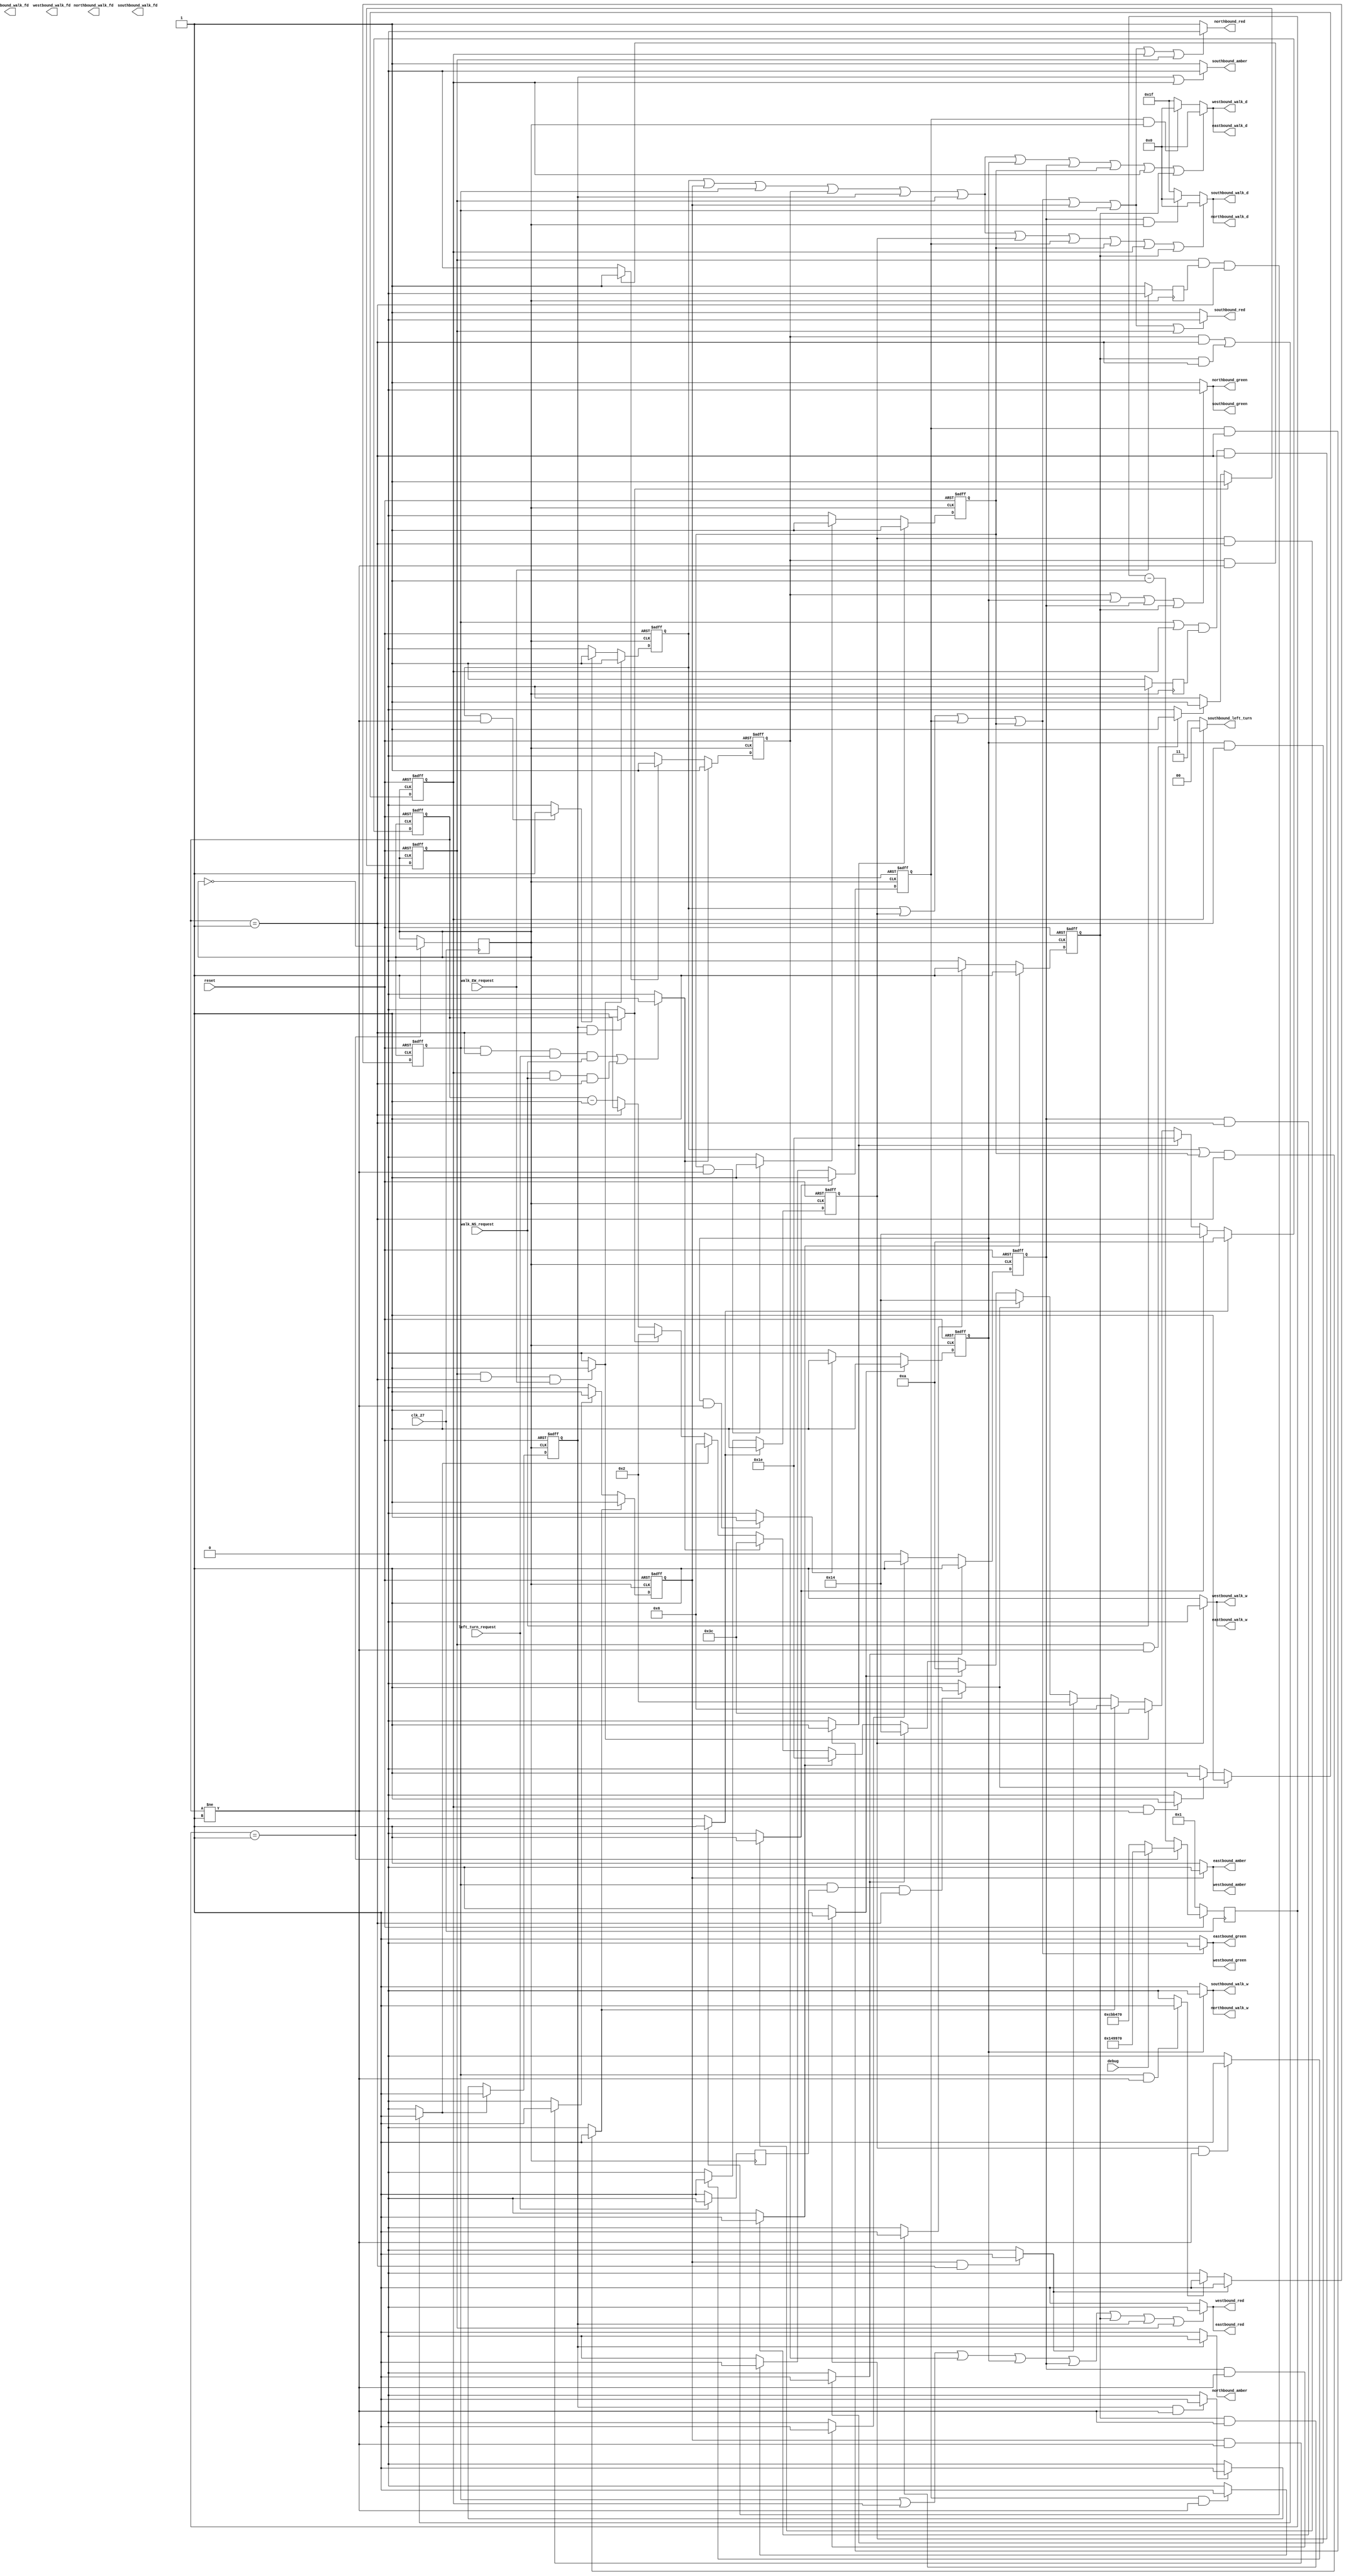
module traffic_light_controller (
 input wire clk_27, debug, reset,left_turn_request, walk_NS_request,walk_EW_request,
 output reg northbound_green,southbound_green,eastbound_green,westbound_green,northbound_amber,southbound_amber,eastbound_amber,westbound_amber,northbound_red,southbound_red,eastbound_red,westbound_red,
 output reg [1:0] southbound_left_turn,
 output reg northbound_walk_w ,southbound_walk_w,eastbound_walk_w ,westbound_walk_w,northbound_walk_fd,southbound_walk_fd,eastbound_walk_fd ,westbound_walk_fd,
 output reg [4:0] northbound_walk_d,southbound_walk_d,eastbound_walk_d ,westbound_walk_d 

 
 );
 
 
 
reg [23:0] clock_divider_counter, clock_divider_constant;
reg [5:0] timer;
reg clk, state_1_d, state_2_d, state_3_d ,state_4a_d,  state_4_d, state_5_d, state_6_d, state_1, state_2, state_3 ,state_4a ,state_4 , state_5, state_6,entering_state_1, entering_state_2, entering_state_3, entering_state_4a, entering_state_4, entering_state_5, entering_state_6,staying_in_state_1, staying_in_state_2, staying_in_state_3, staying_in_state_4a, staying_in_state_4, staying_in_state_5, staying_in_state_6;
reg left_turn_request_d, walk_NS_request_d,walk_EW_request_d;

reg state_4w, state_4w_d, state_4fd, state_4fd_d, state_4d, state_4d_d, state_1w, state_1w_d, state_1fd, state_1fd_d, state_1d, state_1d_d;
reg entering_state_4w,staying_in_state_4w,entering_state_4fd,staying_in_state_4fd,entering_state_4d,staying_in_state_4d,entering_state_1w,staying_in_state_1w,entering_state_1fd,staying_in_state_1fd,entering_state_1d,staying_in_state_1d;

// debug switch to make the clock run faster to debud
always @ *
if (debug == 1'd1)
clock_divider_constant<= 24'd1_350_000;
else 
clock_divider_constant<= 24'd13_350_000;

// rest key 0 to make the circuit run from begining again 
always @ (posedge clk_27)
if (reset == 1'b0)
clock_divider_counter<= 24'd1;
else if (clock_divider_counter == 24'd1)
clock_divider_counter<= clock_divider_constant;
else 
clock_divider_counter<= clock_divider_counter -24'd1;

always@ (posedge clk_27)
if (clock_divider_counter == 24'd1)
clk <= ~clk;
else 
clk <= clk;

// make signal of key 1 to go throgh d flip flop so it can work on clock 
always @(posedge clk)
if (left_turn_request == 1'b0)
left_turn_request_d = 1'b1 ;
else 
left_turn_request_d = 1'b0 ;

// make signal of key 2 to go throgh d flip flop so it can work on clock 
always @(posedge clk)
if (walk_EW_request == 1'b0)
walk_EW_request_d = 1'b1 ;
else 
walk_EW_request_d = 1'b0 ;


// make signal of key 3 to go throgh d flip flop so it can work on clock 
always @(posedge clk)
if (walk_NS_request == 1'b0)
walk_NS_request_d = 1'b1 ;
else 
walk_NS_request_d = 1'b0 ;



 // make the state 1w flip flop
always @ (posedge clk or negedge reset)
if (reset == 1'b0) // keys are active low
state_1w<= 1'b0;
else
state_1w <= state_1w_d;


//logic for entering state 1w
always @ *
if( (state_6 == 1'b1) && (walk_EW_request_d == 1'd1) && (timer == 6'd1 ))
entering_state_1w <= 1'b1;
else
entering_state_1w <= 1'b0;


//logic for staying in state 1w
always @ *
if( (state_1w == 1'b1) && (timer != 6'd1) )
staying_in_state_1w <= 1'b1;
else
staying_in_state_1w <= 1'b0;


// make the d-input for state_1w flip/flop
always @ *
if( entering_state_1w == 1'b1 )           // enter state 1w on next posedge clk
state_1w_d <= 1'b1;
else if ( staying_in_state_1w== 1'b1)  // stay in state 1w on next posedge clk
state_1w_d <= 1'b1;
else                                    // not in state 1w on next posedge clk
state_1w_d <= 1'b0;
 
 
  //////////////////////////////////////////////////////////////////////////////////////////////////////////////////
 
   // make the state 1fd flip flop
always @ (posedge clk or negedge reset)
if (reset == 1'b0) // keys are active low
state_1fd<= 1'b0;
else
state_1fd <= state_1fd_d;


//logic for entering state 1fd
always @ *
if ((state_1w == 1'b1) && (timer == 6'd1) )
entering_state_1fd <= 1'b1;
else
entering_state_1fd <= 1'b0;


//logic for staying in state 1fd
always @ *
if( (state_1fd == 1'b1) && (timer != 6'd1) )
staying_in_state_1fd <= 1'b1;
else
staying_in_state_1fd <= 1'b0;


// make the d-input for state_1fd flip/flop
always @ *
if( entering_state_1fd == 1'b1 )           // enter state 4fd on next posedge clk
state_1fd_d <= 1'b1;
else if ( staying_in_state_1fd == 1'b1)  // stay in state 4fd on next posedge clk
state_1fd_d <= 1'b1;
else                                    // not in state 4fd on next posedge clk
state_1fd_d <= 1'b0;
 
 
   //////////////////////////////////////////////////////////////////////////////////////////////////////////////////
 
   // make the state 1d flip flop
always @ (posedge clk or negedge reset)
if (reset == 1'b0) // keys are active low
state_1d<= 1'b0;
else
state_1d <= state_1d_d;


//logic for entering state 1d
always @ *
if ((state_1fd == 1'b1) && (timer == 6'd1) )
entering_state_1d <= 1'b1;
else
entering_state_1d <= 1'b0;


//logic for staying in state d
always @ *
if( (state_1d == 1'b1) && (timer != 6'd1) )
staying_in_state_1d <= 1'b1;
else
staying_in_state_1d <= 1'b0;


// make the d-input for state_1d flip/flop
always @ *
if( entering_state_1d == 1'b1 )           // enter state 1d on next posedge clk
state_1d_d <= 1'b1;
else if ( staying_in_state_1d == 1'b1)  // stay in state 1d on next posedge clk
state_1d_d <= 1'b1;
else                                    // not in state 1d on next posedge clk
state_1d_d <= 1'b0;



 //////////////////////////////////////////////////////////////////////////////////////////////////
 
 // make the state 1 flip flop
always @ (posedge clk or negedge reset)
if (reset == 1'b0) // keys are active low
state_1 <= 1'b1;
else
state_1 <= state_1_d;


//logic for entering state 1
always @ *
if( (state_6== 1'b1) && (timer == 6'd1) && ( walk_EW_request == 1'b1 ))
entering_state_1 <= 1'b1;
else
entering_state_1 <= 1'b0;


//logic for staying in state 1
always @ *
if( (state_1 == 1'b1) && (timer != 6'b1) )
staying_in_state_1<= 1'b1;
else
staying_in_state_1 <= 1'b0;


// make the d-input for state_1 flip/flop
always @ *
if( entering_state_1== 1'b1 )           // enter state 1 on next posedge clk
state_1_d <= 1'b1;
else if ( staying_in_state_1== 1'b1)  // stay in state 1 on next posedge clk
state_1_d <= 1'b1;
else                                    // not in state 1 on next posedge clk
state_1_d <= 1'b0;
 
 
 
 ////////////////////////////////////////////////////////////////////////////////////////////////////
 
  // make the state 2 flip flop
always @ (posedge clk or negedge reset)
if (reset == 1'b0) // keys are active low
state_2<= 1'b0;
else
state_2 <= state_2_d;


//logic for entering state 2
always @ *
if(( (state_1 == 1'b1) || (state_1d == 1'b1)) && (timer == 6'd1) )
entering_state_2 <= 1'b1;
else
entering_state_2 <= 1'b0;


//logic for staying in state 2
always @ *
if( (state_2 == 1'b1) && (timer != 6'd1) )
staying_in_state_2<= 1'b1;
else
staying_in_state_2 <= 1'b0;


// make the d-input for state_2flip/flop
always @ *
if( entering_state_2== 1'b1 )           // enter state 2on next posedge clk
state_2_d <= 1'b1;
else if ( staying_in_state_2== 1'b1)  // stay in state 2 on next posedge clk
state_2_d <= 1'b1;
else                                    // not in state 2 on next posedge clk
state_2_d <= 1'b0;
 
 
 ////////////////////////////////////////////////////////////////////////////////////////////////////////////
 
 
   // make the state 3 flip flop
always @ (posedge clk or negedge reset)
if (reset == 1'b0) // keys are active low
state_3<= 1'b0;
else
state_3 <= state_3_d;


//logic for entering state 3
always @ *
if( (state_2 == 1'b1) && (timer == 6'd1) )
entering_state_3<= 1'b1;
else
entering_state_3 <= 1'b0;


//logic for staying in state 3
always @ *
if( (state_3 == 1'b1) && (timer != 6'd1) )
staying_in_state_3<= 1'b1;
else
staying_in_state_3 <= 1'b0;


// make the d-input for state_3flip/flop
always @ *
if( entering_state_3== 1'b1 )           // enter state 3 on next posedge clk
state_3_d <= 1'b1;
else if ( staying_in_state_3== 1'b1)  // stay in state 3 on next posedge clk
state_3_d <= 1'b1;
else                                    // not in state 3on next posedge clk
state_3_d <= 1'b0;
 
 ////////////////////////////////////////////////////////////////////////////////////////////////
  
 
   // make the state 4a flip flop
always @ (posedge clk or negedge reset)
if (reset == 1'b0) // keys are active low
state_4a<= 1'b0;
else
state_4a <= state_4a_d;


//logic for entering state 4a
always @ *
if( (state_3 == 1'b1) && (left_turn_request_d == 6'd1) && (timer == 6'd1 ))
entering_state_4a <= 1'b1;
else
entering_state_4a <= 1'b0;


//logic for staying in state 4a
always @ *
if( (state_4a == 1'b1) && (timer != 6'd1) )
staying_in_state_4a <= 1'b1;
else
staying_in_state_4a <= 1'b0;


// make the d-input for state_4a flip/flop
always @ *
if( entering_state_4a == 1'b1 )           // enter state 4n next posedge clk
state_4a_d <= 1'b1;
else if ( staying_in_state_4a== 1'b1)  // stay in state 4on next posedge clk
state_4a_d <= 1'b1;
else                                    // not in state 4 on next posedge clk
state_4a_d <= 1'b0;

 ////////////////////////////////////////////////////////////////////////////////////////////////
  
 
   // make the state 4w flip flop
always @ (posedge clk or negedge reset)
if (reset == 1'b0) // keys are active low
state_4w<= 1'b0;
else
state_4w <= state_4w_d;


//logic for entering state 4w
always @ *
if( ((state_3 == 1'b1) ||(state_4a == 1'b1)) && (walk_NS_request_d == 6'd1) && (timer == 6'd1 ))
entering_state_4w <= 1'b1;
else
entering_state_4w <= 1'b0;


//logic for staying in state 4w
always @ *
if( (state_4w == 1'b1) && (timer != 6'd1) )
staying_in_state_4w <= 1'b1;
else
staying_in_state_4w <= 1'b0;


// make the d-input for state_4w flip/flop
always @ *
if( entering_state_4w == 1'b1 )           // enter state 4n next posedge clk
state_4w_d <= 1'b1;
else if ( staying_in_state_4w== 1'b1)  // stay in state 4on next posedge clk
state_4w_d <= 1'b1;
else                                    // not in state 4 on next posedge clk
state_4w_d <= 1'b0;
 
 
  //////////////////////////////////////////////////////////////////////////////////////////////////////////////////
 
   // make the state 4fd flip flop
always @ (posedge clk or negedge reset)
if (reset == 1'b0) // keys are active low
state_4fd<= 1'b0;
else
state_4fd <= state_4fd_d;


//logic for entering state 4fd
always @ *
if ((state_4w == 1'b1) && (timer == 6'd1) )
entering_state_4fd <= 1'b1;
else
entering_state_4fd <= 1'b0;


//logic for staying in state 4fd
always @ *
if( (state_4fd == 1'b1) && (timer != 6'd1) )
staying_in_state_4fd <= 1'b1;
else
staying_in_state_4fd <= 1'b0;


// make the d-input for state_4fd flip/flop
always @ *
if( entering_state_4fd == 1'b1 )           // enter state 4fd on next posedge clk
state_4fd_d <= 1'b1;
else if ( staying_in_state_4fd == 1'b1)  // stay in state 4fd on next posedge clk
state_4fd_d <= 1'b1;
else                                    // not in state 4fd on next posedge clk
state_4fd_d <= 1'b0;
 
 
   //////////////////////////////////////////////////////////////////////////////////////////////////////////////////
 
   // make the state 4d flip flop
always @ (posedge clk or negedge reset)
if (reset == 1'b0) // keys are active low
state_4d<= 1'b0;
else
state_4d <= state_4d_d;


//logic for entering state 4d
always @ *
if ((state_4fd == 1'b1) && (timer == 6'd1) )
entering_state_4d <= 1'b1;
else
entering_state_4d <= 1'b0;


//logic for staying in state 4d
always @ *
if( (state_4d == 1'b1) && (timer != 6'd1) )
staying_in_state_4d <= 1'b1;
else
staying_in_state_4d <= 1'b0;


// make the d-input for state_4d flip/flop
always @ *
if( entering_state_4d == 1'b1 )           // enter state 4d on next posedge clk
state_4d_d <= 1'b1;
else if ( staying_in_state_4d == 1'b1)  // stay in state 4d on next posedge clk
state_4d_d <= 1'b1;
else                                    // not in state 4d on next posedge clk
state_4d_d <= 1'b0;
 
 //////////////////////////////////////////////////////////////////////////////////////////////////////////////////
 
   // make the state 4 flip flop
always @ (posedge clk or negedge reset)
if (reset == 1'b0) // keys are active low
state_4<= 1'b0;
else
state_4 <= state_4_d;


//logic for entering state 4
always @ *
if (((state_3 == 1'b1) && (timer == 6'd1) && (left_turn_request == 6'd1) && (walk_NS_request == 1'b1))|| (((state_4a) == 1'b1)&& (walk_NS_request == 1'b1) && (timer == 6'd1)) )
entering_state_4 <= 1'b1;
else
entering_state_4 <= 1'b0;


//logic for staying in state 4
always @ *
if( (state_4 == 1'b1) && (timer != 6'd1) )
staying_in_state_4<= 1'b1;
else
staying_in_state_4 <= 1'b0;


// make the d-input for state_4flip/flop
always @ *
if( entering_state_4== 1'b1 )           // enter state 4n next posedge clk
state_4_d <= 1'b1;
else if ( staying_in_state_4== 1'b1)  // stay in state 4on next posedge clk
state_4_d <= 1'b1;
else                                    // not in state 4 on next posedge clk
state_4_d <= 1'b0;
 
 //////////////////////////////////////////////////////////////////////////////////////////////////////////////////
 
   // make the state 5 flip flop
always @ (posedge clk or negedge reset)
if (reset == 1'b0) // keys are active low
state_5= 1'b0;
else
state_5 <= state_5_d;


//logic for entering state 5
always @ *
if(( (state_4 == 1'b1) && (timer == 6'd1) ) || (state_4d == 1'b1) && (timer == 6'd1))
entering_state_5 <= 1'b1;
else
entering_state_5 <= 1'b0;


//logic for staying in state 5
always @ *
if( (state_5 == 1'b1) && (timer != 6'd1) )
staying_in_state_5<= 1'b1;
else
staying_in_state_5<= 1'b0;


// make the d-input for state_5lip/flop
always @ *
if( entering_state_5== 1'b1 )           // enter state 5 on next posedge clk
state_5_d <= 1'b1;
else if ( staying_in_state_5== 1'b1)  // stay in state 5 on next posedge clk
state_5_d <= 1'b1;
else                                    // not in state 5 on next posedge clk
state_5_d <= 1'b0;
 
 //////////////////////////////////////////////////////////////////////////////////////////
 
 
   // make the state 6 flip flop
always @ (posedge clk or negedge reset)
if (reset == 1'b0) // keys are active low
state_6<= 1'b0;
else
state_6 <= state_6_d;


//logic for entering state 6
always @ *
if( (state_5 == 1'b1) && (timer == 6'd1) )
entering_state_6 <= 1'b1;
else
entering_state_6 <= 1'b0;


//logic for staying in state 6
always @ *
if( (state_6 == 1'b1) && (timer != 6'd1) )
staying_in_state_6<= 1'b1;
else
staying_in_state_6 <= 1'b0;


// make the d-input for state_6flip/flop
always @ *
if( entering_state_6== 1'b1 )           // enter state 6 on next posedge clk
state_6_d <= 1'b1;
else if ( staying_in_state_6== 1'b1)  // stay in state 6 on next posedge clk
state_6_d <= 1'b1;
else                                    // not in state 6 on next posedge clk
state_6_d <= 1'b0;
 
 ////////////////////////////////////////////////////////////////////////////////////////////////////
 
 
 
 
 
 
 
////////////////////////////////////////////////////////////////////////////////////////////////
////////////////////////////////////////////////////////////////////////////////////////////////
////////////////////////////////////////////////////////////////////////////////////////////////  
 
  
 
 
 
////////////////////////////////////////////////////////////////////////////////////////////////
////////////////////////////////////////////////////////////////////////////////////////////////
////////////////////////////////////////////////////////////////////////////////////////////////

 
 
 
 
 
 
 
 
 
 
 always @ (posedge clk or negedge reset)
if (reset == 1'b0)
timer <= 6'd60; // time for state 1
else if (entering_state_1w == 1'b1)
timer <= 6'd10; // time for state 1w
else if (entering_state_1fd == 1'b1)
timer <= 6'd20; // time for state 1fd
else if (entering_state_1d == 1'b1)
timer <= 6'd30; // time for state 1d
else if (entering_state_1 == 1'b1)
timer <= 6'd60; // time for state 1
else if (entering_state_2 == 1'b1)
timer <= 6'd6;// time for state 2
else if (entering_state_3 == 1'b1)
timer <= 6'd2;// time for state 3
else if (entering_state_4a == 1'b1)
timer <= 6'd20;// time for state 4a
else if (entering_state_4w == 1'b1)
timer <= 6'd10; // time for state 4w
else if (entering_state_4fd == 1'b1)
timer <= 6'd20; // time for state 4fd
else if (entering_state_4d == 1'b1)
timer <= 6'd30; // time for state 4d
else if (entering_state_4 == 1'b1)
timer <= 6'd60;// time for state 4
else if (entering_state_5== 1'b1)
timer <= 6'd6;// time for state 5
else if (entering_state_6 == 1'b1)
timer <= 6'd2;// time for state 6
else if (timer == 6'd1)
timer <= timer; // never decrement below 1
else
timer <= timer - 6'd1;
////////////////////////////////////////////////////////////////////////////
// conditions for eastbound red
always @ *
if ( (state_3 | state_4a | state_4 | state_4w | state_4fd | state_4d | state_5 | state_6) == 1'b1 ) 
eastbound_red <= 1'b0;
else 
eastbound_red <= 1'b1; 
 
 // conditions for eastbound green
 always @*
 if (( state_1 | state_1w | state_1fd | state_1d)  == 1'b1)
 eastbound_green <= 1'b0;
 else
 eastbound_green <= 1'b1;

 // conditions for eastbound amber
 always @*
 if (state_2 == 1'b1)
 eastbound_amber <= 1'b0;
 else
 eastbound_amber <= 1'b1;
////////////////////////////////////////////////////////////////////////////
// conditions for west bound red
always @ *
if ( (state_3 | state_4a | state_4 | state_4w | state_4fd | state_4d | state_5 | state_6) == 1'b1 ) 
westbound_red <= 1'b0;
else 
westbound_red <= 1'b1;
  
 // conditions for west bound green
 always @*
 if (( state_1 | state_1w | state_1fd | state_1d)  == 1'b1)
 westbound_green <= 1'b0;
 else
 westbound_green <= 1'b1;

 // conditions for westbound amber
 always @*
 if (state_2 == 1'b1)
 westbound_amber <= 1'b0;
 else
 westbound_amber <= 1'b1;
////////////////////////////////////////////////////////////////////////////
// conditions for north bound red
always @ *
if ( (state_1 | state_1w | state_1fd | state_1d| state_2 | state_3 | state_4a | state_6) == 1'b1 ) 
northbound_red <= 1'b0;
else 
northbound_red <= 1'b1;
  
// conditions for north bound green
always @*
if ((state_4 | state_4w | state_4fd | state_4d ) == 1'b1)
northbound_green <= 1'b0;
else
northbound_green <= 1'b1;

// conditions for north bound amber
always @*
if (state_5 == 1'b1)
northbound_amber <= 1'b0;
else
northbound_amber <= 1'b1;
////////////////////////////////////////////////////////////////////////////
// conditions for south bound red
always @ *
if ( (state_1 | state_1w | state_1fd | state_1d| state_2 | state_3 | state_6) == 1'b1 ) 
southbound_red <= 1'b0;
else 
southbound_red <= 1'b1;
  
// conditions for south bound green
always @*
if ((state_4 | state_4w | state_4fd | state_4d ) == 1'b1)
southbound_green <= 1'b0;
else
southbound_green <= 1'b1;

// conditions for south bound amber
always @*
if (state_5 == 1'b1 ||state_4a == 1'b1) 
southbound_amber <= 1'b0;
else
southbound_amber <= 1'b1;

// conditions for south bound left turn
always @*
if (state_4a == 1'b1)
southbound_left_turn  <= 2'b00;
else
southbound_left_turn  <= 2'b11;
//southbound_amber = 1'b1;

////////////////////////////////////////////////////////////////////////////
////////////////////////////////////////////////////////////////////////////
////////////////////////////////////////////////////////////////////////////
always @*
if (state_4w == 1'b1)
	northbound_walk_w  <= 1'b0;
else 
	northbound_walk_w  <= 1'b1;
	
//always @*
//if ((state_4fd == 1'b1))
//	northbound_walk_fd  <= 1'b0;
//else 
//	northbound_walk_fd  <= 1'b1;
	
always @*
if ((state_1 | state_2 | state_3 | state_4 | state_5 | state_6 | state_1w | state_1fd | state_1d | state_4a | state_4d) == 1'b1)
	northbound_walk_d  <= 1'b0;
else if ((state_4fd == 1'b1) && (clk == 1'b1) )
	northbound_walk_d  <= 5'b0;
else 
	northbound_walk_d  <= 5'b11111;
	
////////////////////////////////////////////////////////////////////////////
always @*
if (state_1w == 1'b1)
	westbound_walk_w  <= 1'b0;
else 
	westbound_walk_w  <= 1'b1;

//always @*
//if ((state_1fd == 1'b1))
//	westbound_walk_fd  <= 1'b0;
//else 
//	westbound_walk_fd  <= 1'b1;
	
always @*
if ((state_1 | state_2 | state_3 | state_4 | state_5 | state_6 | state_4w | state_4fd | state_1d | state_4a | state_4d) == 1'b1)
	westbound_walk_d  <= 1'b0;
else if ((state_1fd == 1'b1) && (clk == 1'b1) )
	westbound_walk_d  <= 5'b0;
else 
	westbound_walk_d  <= 5'b11111;
	
////////////////////////////////////////////////////////////////////////////
always @*
if (state_1w == 1'b1)
	eastbound_walk_w  <= 1'b0;
else 
	eastbound_walk_w  <= 1'b1;

//always @*
//if ((state_1fd == 1'b1) )
//	eastbound_walk_fd  <= 1'b0;
//else 
//	eastbound_walk_fd  <= 1'b1;
	
always @*
if ((state_1 | state_2 | state_3 | state_4 | state_5 | state_6 | state_4w | state_4fd | state_1d | state_4a | state_4d) == 1'b1)
	eastbound_walk_d  <= 5'b0;
else if ((state_1fd == 1'b1) && (clk == 1'b1) )
	eastbound_walk_d  <= 5'b0;
else 
	eastbound_walk_d  <= 5'b11111;

////////////////////////////////////////////////////////////////////////////
always @*
if (state_4w == 1'b1)
	southbound_walk_w  <= 1'b0;
else 
	southbound_walk_w  <= 1'b1;

//always @*
//if ((state_4fd == 1'b1) )
//	southbound_walk_fd  <= 5'b0;
//else 
//	southbound_walk_fd  <= 1'b1;
	
always @*
if ((state_1 | state_2 | state_3 | state_4 | state_5 | state_6 | state_1w | state_1fd | state_1d | state_4a | state_4d) == 1'b1)
	southbound_walk_d  <= 5'b0;
else if ((state_4fd == 1'b1) && (clk == 1'b1) )
		southbound_walk_d  <= 5'b0;
else 
	southbound_walk_d  <= 5'b11111;

////////////////////////////////////////////////////////////////////////////
////////////////////////////////////////////////////////////////////////////
////////////////////////////////////////////////////////////////////////////
 
 endmodule